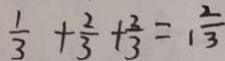
\frac { 1 } { 3 } + \frac { 2 } { 3 } + \frac { 2 } { 3 } = 1 \frac { 2 } { 3 }